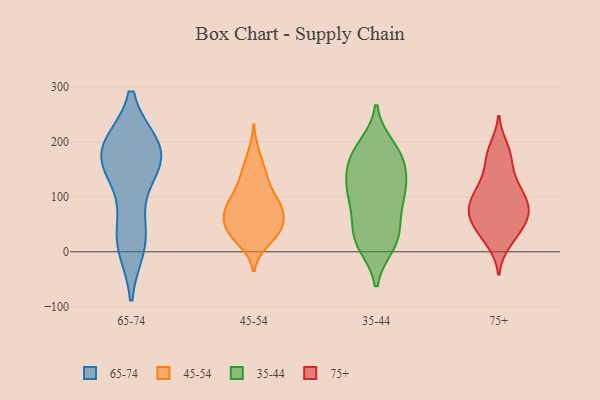
{"axis": {"x": "Bounce Rate (%)", "y": "Value"}, "legend": ["35-44", "45-54", "65-74", "75+"], "data": [{"x": "", "y": 183, "type": "65-74"}, {"x": "", "y": 128, "type": "65-74"}, {"x": "", "y": 32, "type": "65-74"}, {"x": "", "y": 24, "type": "65-74"}, {"x": "", "y": 167, "type": "65-74"}, {"x": "", "y": 12, "type": "65-74"}, {"x": "", "y": 165, "type": "65-74"}, {"x": "", "y": 191, "type": "65-74"}, {"x": "", "y": 191, "type": "65-74"}, {"x": "", "y": 187, "type": "65-74"}, {"x": "", "y": 79, "type": "45-54"}, {"x": "", "y": 94, "type": "45-54"}, {"x": "", "y": 47, "type": "45-54"}, {"x": "", "y": 23, "type": "45-54"}, {"x": "", "y": 82, "type": "45-54"}, {"x": "", "y": 47, "type": "45-54"}, {"x": "", "y": 135, "type": "45-54"}, {"x": "", "y": 150, "type": "45-54"}, {"x": "", "y": 178, "type": "45-54"}, {"x": "", "y": 38, "type": "45-54"}, {"x": "", "y": 19, "type": "45-54"}, {"x": "", "y": 80, "type": "45-54"}, {"x": "", "y": 74, "type": "45-54"}, {"x": "", "y": 128, "type": "45-54"}, {"x": "", "y": 72, "type": "45-54"}, {"x": "", "y": 42, "type": "45-54"}, {"x": "", "y": 103, "type": "45-54"}, {"x": "", "y": 38, "type": "45-54"}, {"x": "", "y": 122, "type": "35-44"}, {"x": "", "y": 16, "type": "35-44"}, {"x": "", "y": 139, "type": "35-44"}, {"x": "", "y": 42, "type": "35-44"}, {"x": "", "y": 13, "type": "35-44"}, {"x": "", "y": 154, "type": "35-44"}, {"x": "", "y": 98, "type": "35-44"}, {"x": "", "y": 89, "type": "35-44"}, {"x": "", "y": 191, "type": "35-44"}, {"x": "", "y": 174, "type": "35-44"}, {"x": "", "y": 29, "type": "35-44"}, {"x": "", "y": 103, "type": "35-44"}, {"x": "", "y": 30, "type": "35-44"}, {"x": "", "y": 105, "type": "35-44"}, {"x": "", "y": 171, "type": "35-44"}, {"x": "", "y": 180, "type": "35-44"}, {"x": "", "y": 78, "type": "75+"}, {"x": "", "y": 63, "type": "75+"}, {"x": "", "y": 76, "type": "75+"}, {"x": "", "y": 17, "type": "75+"}, {"x": "", "y": 66, "type": "75+"}, {"x": "", "y": 174, "type": "75+"}, {"x": "", "y": 93, "type": "75+"}, {"x": "", "y": 170, "type": "75+"}, {"x": "", "y": 189, "type": "75+"}, {"x": "", "y": 122, "type": "75+"}, {"x": "", "y": 41, "type": "75+"}, {"x": "", "y": 49, "type": "75+"}, {"x": "", "y": 75, "type": "75+"}, {"x": "", "y": 27, "type": "75+"}, {"x": "", "y": 104, "type": "75+"}, {"x": "", "y": 109, "type": "75+"}, {"x": "", "y": 133, "type": "75+"}]}